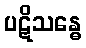
ပဋိသန္ဓေ